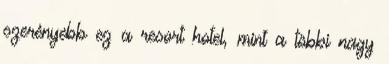
szerényebb ez a resort hotel, mint a többi nagy